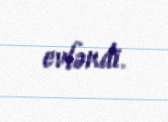
evləndi.